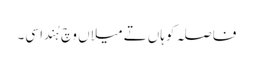
فاصلہ کوہاں تے میلاں وچ ہُندا سی۔